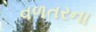
વળતરના